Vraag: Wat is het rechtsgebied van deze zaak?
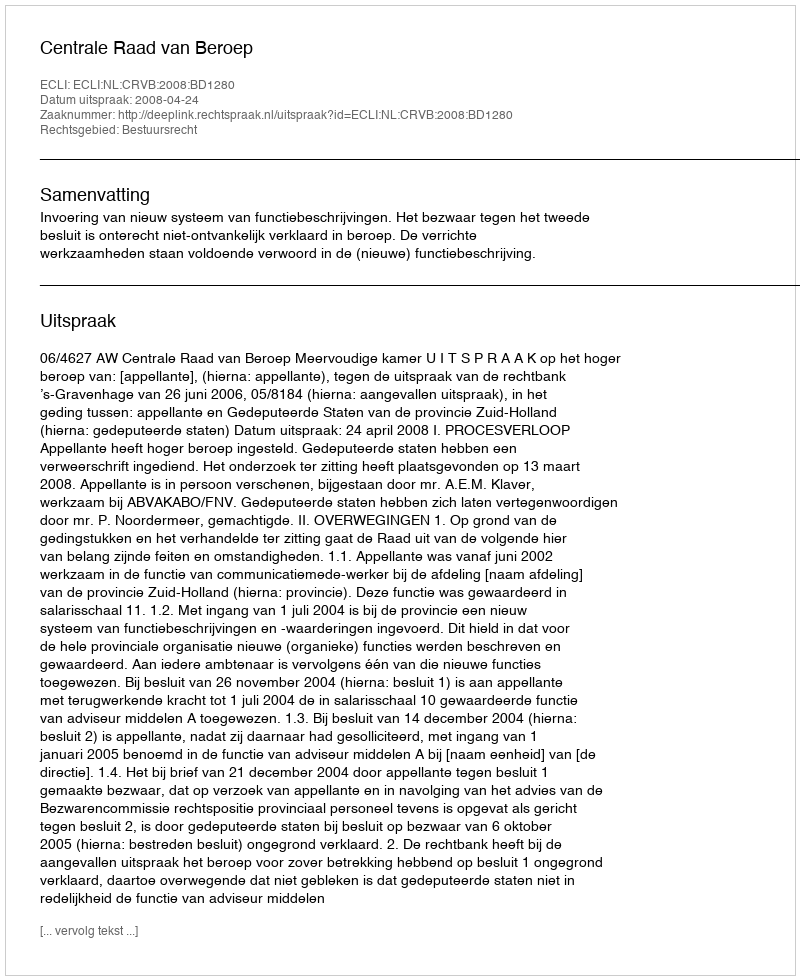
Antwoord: Bestuursrecht